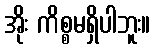
အိုး ကိစ္စမရှိပါဘူး။